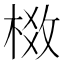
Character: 𬃈